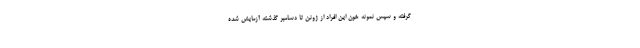
گرفته و سپس نمونه خون این افراد از ژوئن تا دسامبر گذشته آزمایش شده